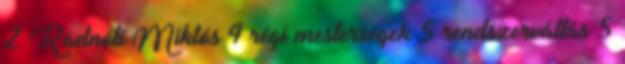
2 Radnóti Miklós 4 régi mesterségek 5 rendszerváltás 5